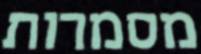
מסמרות